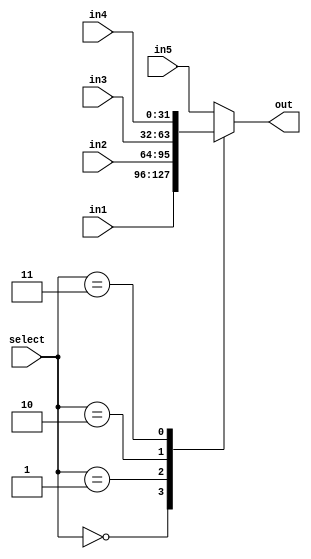
module mux5x1 (
    input [31:0]in1,
    input [31:0]in2,
    input [31:0]in3,
    input [31:0]in4,
    input [31:0]in5,
    input [2:0]select,
    output reg [31:0] out
);

always @(*) begin
    case (select)
        3'b000:begin
            out<=in1;
        end
        3'b001:begin
            out<=in2;
        end
        3'b010:begin
            out<=in3;
        end
        3'b011:begin
            out<=in4;
        end
        default:begin
            out<=in5;
        end
    endcase
end
    
endmodule